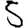
Digit: 5